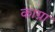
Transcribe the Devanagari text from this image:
काग्ना